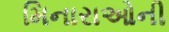
મિનારાઓની